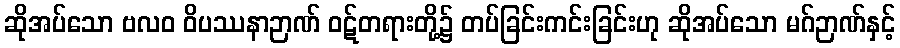
ဆိုအပ်သော ဗလဝ ဝိပဿနာဉာဏ် ဝဋ်တရားတို့၌ တပ်ခြင်းကင်းခြင်းဟု ဆိုအပ်သော မဂ်ဉာဏ်နှင့်